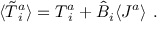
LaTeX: \langle \tilde { T } _ { \; i } ^ { a } \rangle = T _ { \; i } ^ { a } + \hat { B } _ { i } \langle J ^ { a } \rangle ~ .